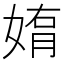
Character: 𫱄